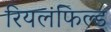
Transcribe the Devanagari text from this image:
रियलफिल्ड